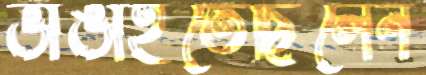
ভাঙাইতেছিলেন